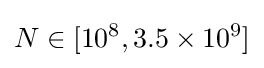
N\in [10^{8},3.5\times 10^{9}]